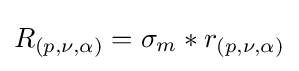
R_{(p,\nu ,\alpha )}=\sigma _{m}*r_{(p,\nu ,\alpha )}